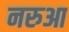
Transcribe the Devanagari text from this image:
नरुआ